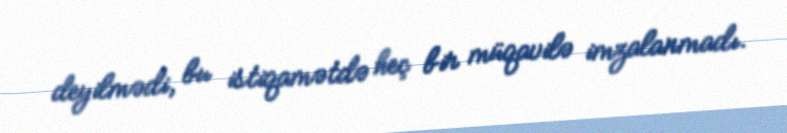
deyilmədi, bu istiqamətdə heç bir müqavilə imzalanmadı.